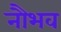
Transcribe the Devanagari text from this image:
नौभव